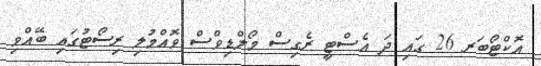
އޮކްޓޯބަރ 26 ގައި ދަ އެސްޓީ ރެގިސް މޯލްޑިވްސް ވޮއްމުލި ރިސޯޓުގައި ބޭއްވި